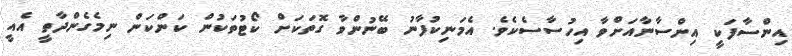
އިންސާފަކީ އިންސާނާއަށްވާ އިހުސާސެކެވެ. އެމަނިކުފާނު ބޭނުންވާ ގޮތަކަށް ކޯޓުތަކުން ކަންކަން ނިމެގެންދާތީ އެއީ